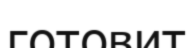
готовит